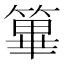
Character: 篳